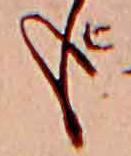
も